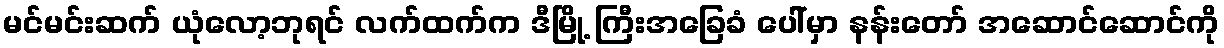
မင်မင်းဆက် ယုံလော့ဘုရင် လက်ထက်က ဒီမြို့ ကြီးအခြေခံ ပေါ်မှာ နန်းတော် အဆောင်ဆောင်ကို